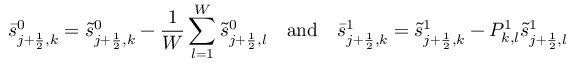
\bar { s } _ { j + \frac { 1 } { 2 } , k } ^ { 0 } = \tilde { s } _ { j + \frac { 1 } { 2 } , k } ^ { 0 } - \frac { 1 } { W } \sum _ { l = 1 } ^ { W } \tilde { s } _ { j + \frac { 1 } { 2 } , l } ^ { 0 } \quad \mathrm { a n d } \quad \bar { s } _ { j + \frac { 1 } { 2 } , k } ^ { 1 } = \tilde { s } _ { j + \frac { 1 } { 2 } , k } ^ { 1 } - P _ { k , l } ^ { 1 } \tilde { s } _ { j + \frac { 1 } { 2 } , l } ^ { 1 }